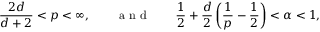
\frac { 2 d } { d + 2 } < p < \infty , \qquad \mathrm { ~ a ~ n ~ d ~ } \qquad \frac 1 2 + \frac { d } { 2 } \left( \frac 1 p - \frac 1 2 \right) < \alpha < 1 ,